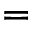
=